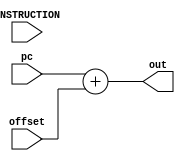
// group 22
// get the addition of jump branch address with PC value 

module j_b_adder(out,pc,offset,INSTRUCTION);

	input [31:0] pc,offset,INSTRUCTION;
	output reg[31:0] out;

	always @(INSTRUCTION)
	begin
		#2
		out=pc+offset;
	end
endmodule